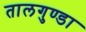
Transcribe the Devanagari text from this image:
तालगुण्डा